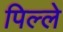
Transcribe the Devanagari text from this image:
पिल्‍ले